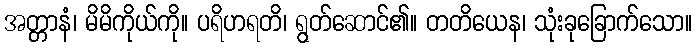
အတ္တာနံ၊ မိမိကိုယ်ကို။ ပရိဟရတိ၊ ရွတ်ဆောင်၏။ တတိယေန၊ သုံးခုခြောက်သော။